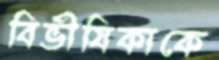
বিভীষিকাকে